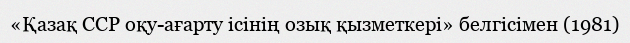
«Қазақ ССР оқу-ағарту ісінің озық қызметкері» белгісімен (1981)